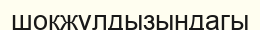
шокжұлдызындагы